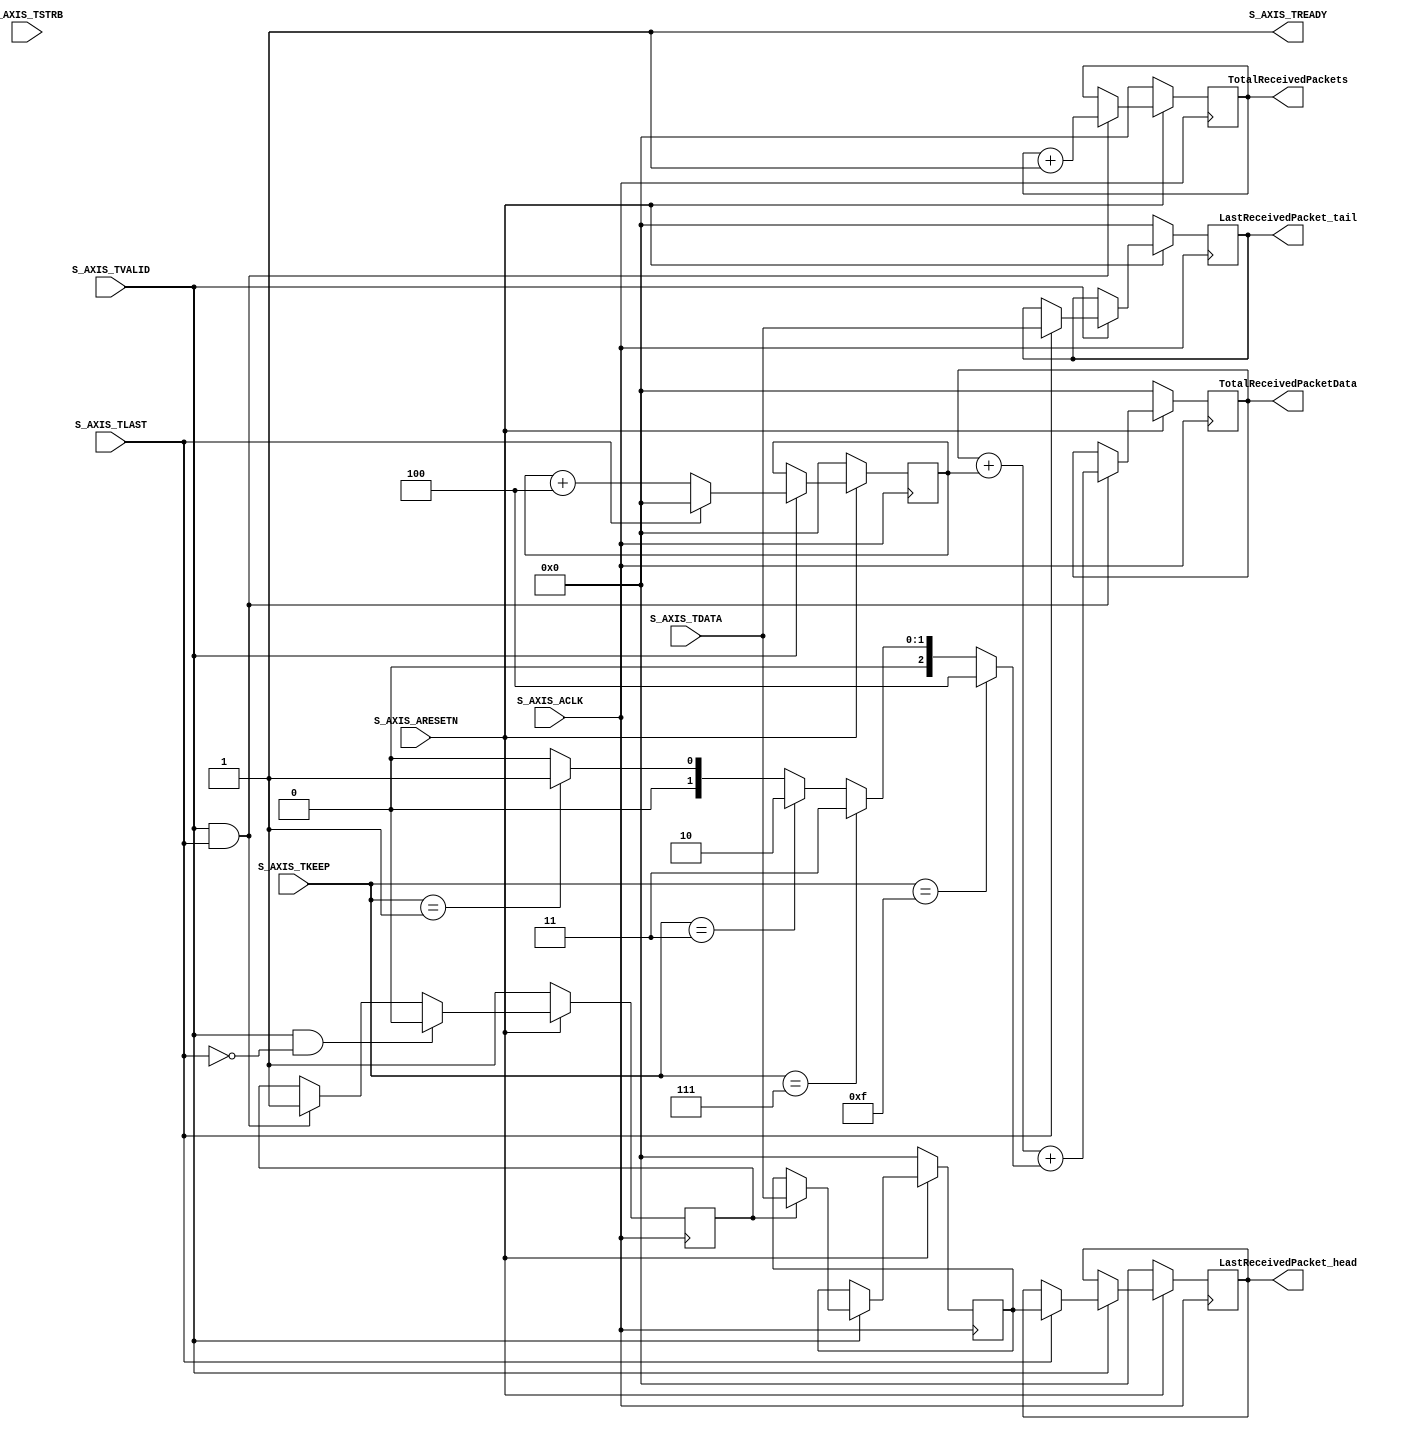

`timescale 1 ns / 1 ps

module ad7276_v1_s_axis #
(
	// Users to add parameters here
	// User parameters ends
	// Do not modify the parameters beyond this line

	// AXI4Stream sink: Data Width
	parameter integer C_S_AXIS_TDATA_WIDTH	= 32
)
(
	// Users to add ports here
	output 	reg 	[31:0]		TotalReceivedPacketData,
	output 	reg 	[31:0]		TotalReceivedPackets,
	output 	reg 	[31:0]		LastReceivedPacket_head,
	output 	reg 	[31:0]		LastReceivedPacket_tail,
	// User ports ends
	// Do not modify the ports beyond this line

	// AXI4Stream sink: Clock
	input wire  S_AXIS_ACLK,
	// AXI4Stream sink: Reset
	input wire  S_AXIS_ARESETN,
	// Ready to accept data in
	output wire  S_AXIS_TREADY,
	// Data in
	input wire [C_S_AXIS_TDATA_WIDTH-1 : 0] S_AXIS_TDATA,
	// Byte qualifier
	input wire [(C_S_AXIS_TDATA_WIDTH/8)-1 : 0] S_AXIS_TSTRB,
	input wire [(C_S_AXIS_TDATA_WIDTH/8)-1 : 0] S_AXIS_TKEEP,
	// Indicates boundary of last packet
	input wire  S_AXIS_TLAST,
	// Data is in valid
	input wire  S_AXIS_TVALID
);

/////////////////////////////////////////////////////////////////////////
//
// Clock and Reset 
//
/////////////////////////////////////////////////////////////////////////
wire 		Clk; 
wire 		ResetL; 

assign Clk = S_AXIS_ACLK; 
assign ResetL = S_AXIS_ARESETN;

/////////////////////////////////////////////////////////////////////////
//
// tvalid 
//
/////////////////////////////////////////////////////////////////////////

assign S_AXIS_TREADY = 1; 		// always ready to received data 

/////////////////////////////////////////////////////////////////////////
//
// Total received packet data 
//
/////////////////////////////////////////////////////////////////////////

reg 	[31:0]		packetSizeCounter; 
wire 	[7:0]		numberOfValidBytes;

assign numberOfValidBytes = 	( S_AXIS_TKEEP == 4'hf ) ? 4 : 
				( S_AXIS_TKEEP == 4'h7 ) ? 3 : 
				( S_AXIS_TKEEP == 4'h3 ) ? 2 : 
				( S_AXIS_TKEEP == 4'h1 ) ? 1 : 0; 

always @(posedge Clk) 
	if ( ! ResetL ) begin 
		TotalReceivedPacketData <= 0; 
		packetSizeCounter <= 0; 
	end 
	else begin 
		if ( S_AXIS_TVALID ) begin 
			if ( S_AXIS_TLAST ) begin 
				packetSizeCounter <= 0; 
			end 
			else begin 
				packetSizeCounter <= packetSizeCounter + 4; 
			end 
		end 
		else begin 
			packetSizeCounter <= packetSizeCounter; 
		end 
		
		if ( S_AXIS_TVALID && S_AXIS_TLAST ) begin 
			TotalReceivedPacketData <= TotalReceivedPacketData + packetSizeCounter + numberOfValidBytes; 
		end 
		else begin 
			TotalReceivedPacketData <= TotalReceivedPacketData;
		end 
		
	end 

/////////////////////////////////////////////////////////////////////////
//
// Total Received Packets 
//
/////////////////////////////////////////////////////////////////////////

always @(posedge Clk)
	if ( ! ResetL ) begin 
		TotalReceivedPackets <= 0; 
	end 
	else begin 
		if ( S_AXIS_TVALID && S_AXIS_TLAST ) 
			TotalReceivedPackets <= TotalReceivedPackets + 1; 
	end 
	
/////////////////////////////////////////////////////////////////////////
//
// Last packet head and tail 
//
/////////////////////////////////////////////////////////////////////////

reg 		headIsGoingToArrive; 
reg	[31:0]	lastReceivedPacket_headR; 

always @(posedge Clk)
	if ( ! ResetL ) begin 
		headIsGoingToArrive <= 1; 
	end 
	else begin 
		if ( S_AXIS_TVALID && ( ! S_AXIS_TLAST ) )
			headIsGoingToArrive <= 0; 
		else if ( S_AXIS_TVALID && S_AXIS_TLAST ) 
			headIsGoingToArrive <= 1; 
		else 
			headIsGoingToArrive <= headIsGoingToArrive; 
	end 
	
always @(posedge Clk) 
	if ( ! ResetL ) begin 
		LastReceivedPacket_head <= 0; 
		lastReceivedPacket_headR <= 0; 
		LastReceivedPacket_tail <= 0; 
	end 
	else begin 
		if ( S_AXIS_TVALID ) begin 
			if ( headIsGoingToArrive ) begin 
				lastReceivedPacket_headR <= S_AXIS_TDATA; 
			end 
				
			if ( S_AXIS_TLAST ) begin 
				LastReceivedPacket_tail <= S_AXIS_TDATA;
				LastReceivedPacket_head <= lastReceivedPacket_headR;
			end 
		end 
	end 
			
endmodule